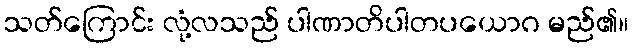
သတ်ကြောင်း လုံ့လသည် ပါဏာတိပါတပယောဂ မည်၏။